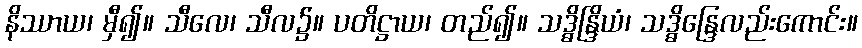
နိဿာယ၊ မှီ၍။ သီလေ၊ သီလ၌။ ပတိဋ္ဌာယ၊ တည်၍။ သဒ္ဓိန္ဒြိယံ၊ သဒ္ဓိန္ဒြေလည်းကောင်း။